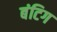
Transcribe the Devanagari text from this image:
बंटिग